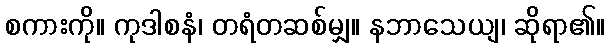
စကားကို။ ကုဒါစနံ၊ တရံတဆစ်မျှ။ နဘာသေယျ၊ ဆိုရာ၏။